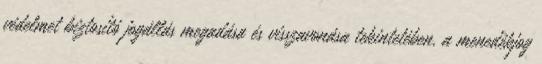
védelmet biztosító jogállás megadása és visszavonása tekintetében, a menedékjog